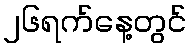
၂၆ရက်နေ့တွင်